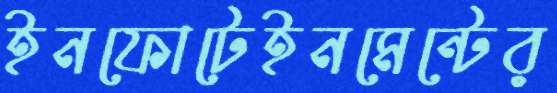
ইনফোটেইনমেন্টের